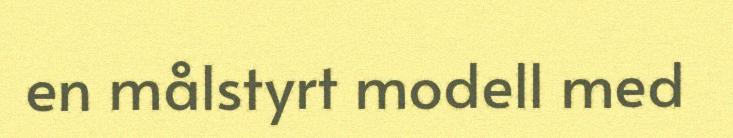
en målstyrt modell med